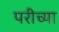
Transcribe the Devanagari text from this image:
परीच्या